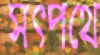
সত্পথে